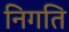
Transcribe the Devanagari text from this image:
निगति